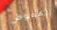
المفوض